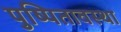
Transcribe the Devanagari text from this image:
पुष्पितावस्था